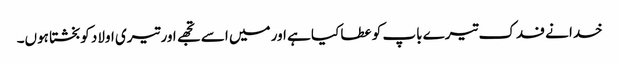
خدا نے فدک تیرے باپ کو عطا کیا ہے اور میں اسے تجھے اور تیری اولاد کو بخشتا ہوں۔